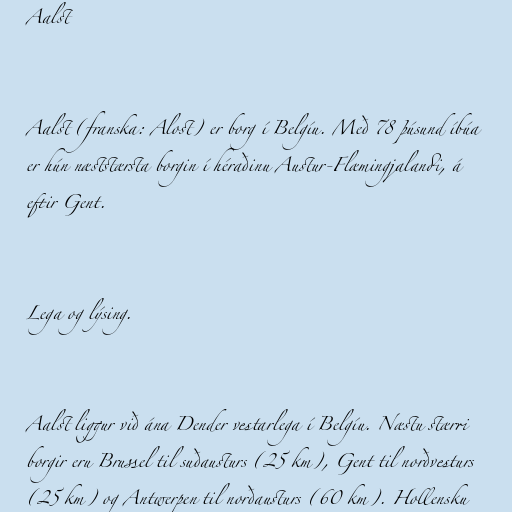
Aalst

Aalst (franska: Alost) er borg í Belgíu. Með 78 þúsund íbúa
er hún næststærsta borgin í héraðinu Austur-Flæmingjalandi, á
eftir Gent.

Lega og lýsing.

Aalst liggur við ána Dender vestarlega í Belgíu. Næstu stærri
borgir eru Brussel til suðausturs (25 km), Gent til norðvesturs
(25 km) og Antwerpen til norðausturs (60 km). Hollensku